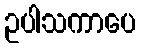
ဥပါသကာပေ